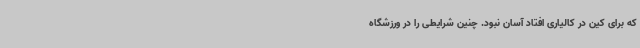
که برای کین در کالیاری افتاد آسان نبود. چنین شرایطی را در ورزشگاه